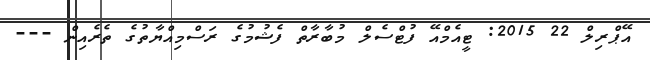
އޭޕްރިލް 22 2015: ޓީއެމްއޭ ފުޓްސެލް މުބާރާތް ފެޝުމުގެ ރަސްމިއްޔާތުގެ ތެރެއިން ---